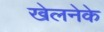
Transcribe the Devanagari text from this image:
खेलनेके